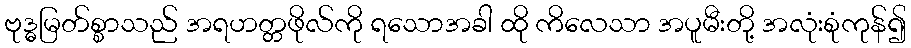
ဗုဒ္ဓမြတ်စ္စာသည် အရဟတ္တဖိုလ်ကို ရသောအခါ ထို ကိလေသာ အပူမီးတို့ အလုံးစုံကုန်၍